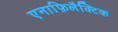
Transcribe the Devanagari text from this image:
एनाफ़िलैक्टिक